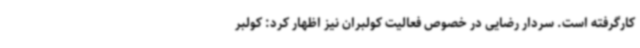
کارگرفته است. سردار رضایی در خصوص فعالیت کولبران نیز اظهار کرد: کولبر